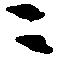
ニ